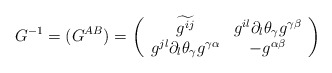
\begin{align*}G^{-1}=(G^{AB})=\left( \begin{array}{cc} \widetilde{{g}^{ij}} &g^{il}\partial_l\theta_\gamma g^{\gamma \beta } \\ g^{jl}\partial_l\theta_\gamma g^{\gamma \alpha } & -g^{\alpha \beta }\end{array} \right) \end{align*}